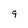
Character: 9